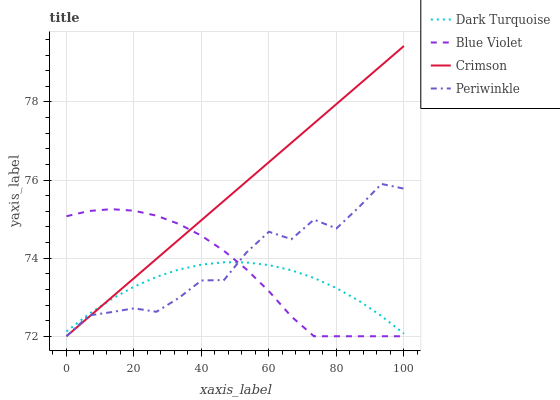
| xaxis_label | Dark Turquoise | Blue Violet | Crimson | Periwinkle |
 | --- | --- | --- | --- | --- |
 | 0 | 72.1 | 75.1 | 72 | 72 |
 | 6.67 | 72.6 | 75.2 | 72.5 | 72.5 |
 | 13.3 | 73 | 75.3 | 73 | 72.6 |
 | 20 | 73.3 | 75.2 | 73.5 | 72.7 |
 | 26.7 | 73.5 | 75.1 | 74 | 72.6 |
 | 33.3 | 73.7 | 74.9 | 74.5 | 73 |
 | 40 | 73.8 | 74.6 | 75 | 73.4 |
 | 46.7 | 73.9 | 74.2 | 75.5 | 73.4 |
 | 53.3 | 73.9 | 73.7 | 76 | 74.1 |
 | 60 | 73.8 | 73.2 | 76.5 | 74.7 |
 | 66.7 | 73.7 | 72.5 | 77 | 74.5 |
 | 73.3 | 73.5 | 72 | 77.4 | 75 |
 | 80 | 73.2 | 72 | 77.9 | 74.8 |
 | 86.7 | 72.9 | 72 | 78.4 | 75.3 |
 | 93.3 | 72.5 | 72 | 78.9 | 75.9 |
 | 100 | 72.1 | 72 | 79.4 | 75.8 |